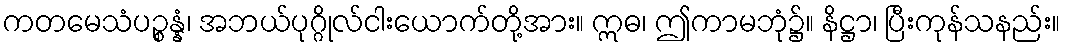
ကတမေသံပဉ္စန္နံ၊ အဘယ်ပုဂ္ဂိုလ်ငါးယောက်တို့အား။ ဣဓ၊ ဤကာမဘုံ၌။ နိဋ္ဌာ၊ ပြီးကုန်သနည်း။